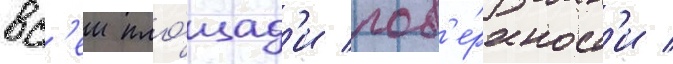
вс'еи пло́щад'и пов'е́рхност'и /